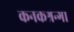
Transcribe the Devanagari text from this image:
कनकश्रन्गा